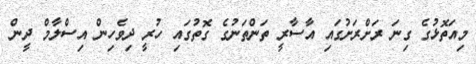
މިއަތޮޅުގެ ގިނަ ރަށްރަށުގައި އާސާރީ ތަންތަނުގެ ގޮތުގައި ހުރީ ދިވެހިން އިސްލާމް ދީން